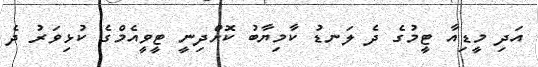
އަދި މީޑިއާ ޓީމުގެ ދެ ލަނޑު ކާމިޔާބު ކޮށްދިނީ ޓީވީއެމްގެ ކުޅިވަރު ދެ